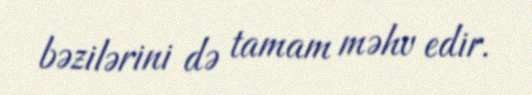
bəzilərini də tamam məhv edir.